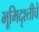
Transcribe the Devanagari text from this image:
भूमिदृश्तीचे